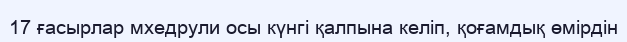
17 ғасырлар мхедрули осы күнгі қалпына келіп, қоғамдық өмірдін